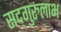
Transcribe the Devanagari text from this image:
सद्‌गुरुलाभ